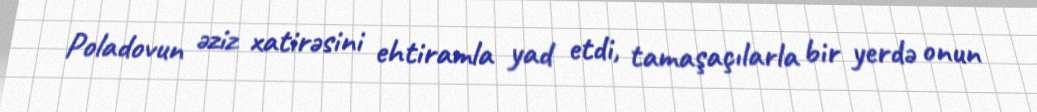
Poladovun əziz xatirəsini ehtiramla yad etdi, tamaşaçılarla bir yerdə onun